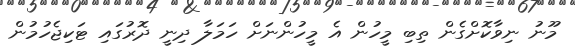
މޫނު ނިވާކޮށްގެން ތިބި މީހުން އެ މީހުންނަށް ހަމަލާ ދިނީ ދޮރުގައި ޓަކިޖެހުމުން